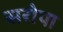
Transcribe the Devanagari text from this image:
सरोपा